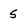
Character: 5